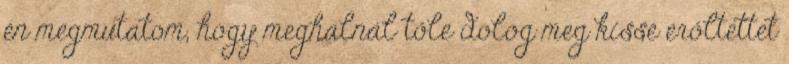
én megmutatom, hogy meghalnál tőle dolog meg kissé erőltettet